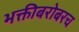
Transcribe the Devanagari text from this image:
भक्तीबरोबरच